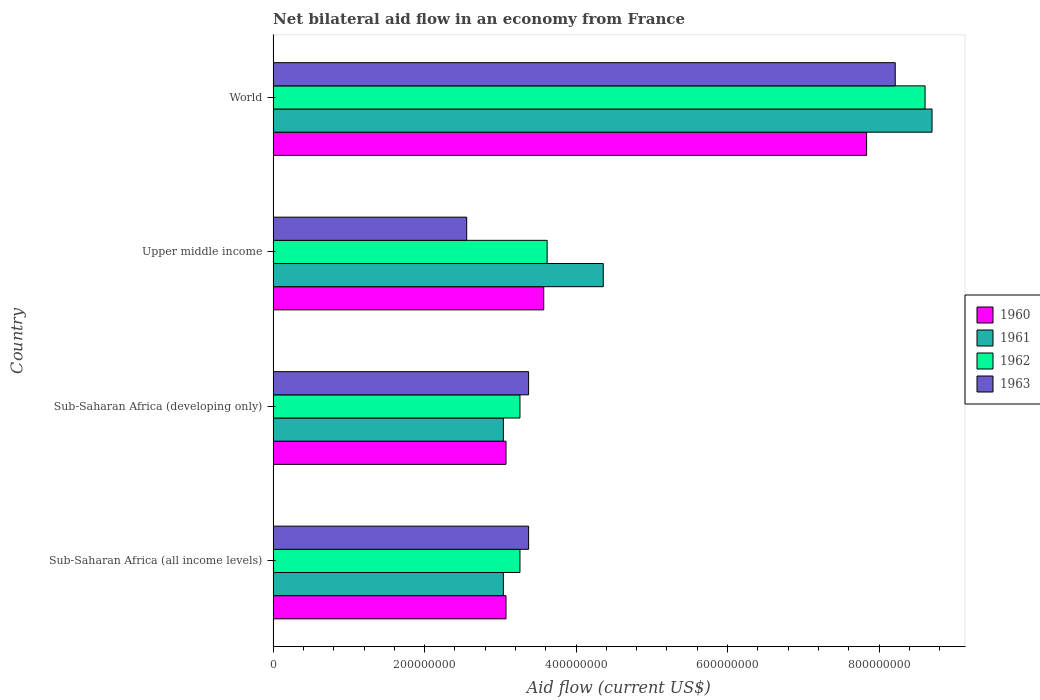
| Country | 1960 | 1961 | 1962 | 1963 |
 | --- | --- | --- | --- | --- |
 | Sub-Saharan Africa (all income levels) | 3.08e+08 | 3.04e+08 | 3.26e+08 | 3.37e+08 |
 | Sub-Saharan Africa (developing only) | 3.08e+08 | 3.04e+08 | 3.26e+08 | 3.37e+08 |
 | Upper middle income | 3.57e+08 | 4.36e+08 | 3.62e+08 | 2.56e+08 |
 | World | 7.84e+08 | 8.7e+08 | 8.61e+08 | 8.21e+08 |